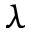
\lambda